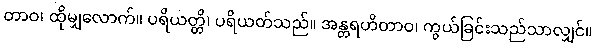
တာဝ၊ ထိုမျှလောက်။ ပရိယတ္တိ၊ ပရိယတ်သည်။ အန္တရဟိတာဝ၊ ကွယ်ခြင်းသည်သာလျှင်။